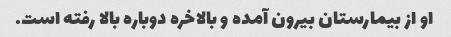
او از بیمارستان بیرون آمده و بالاخره دوباره بالا رفته است.